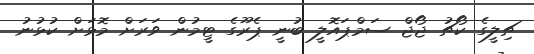
ޗިލީގެ ކޯޗު ޖޯޖް ސަމްޕައޮލީ ބުނީ ޕެރޫގެ ޓީމުން ވަރަށް މޮޅަށް ކުޅުނު